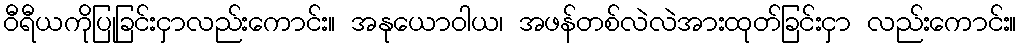
ဝီရီယကိုပြုခြင်းငှာလည်းကောင်း။ အနုယောဝါယ၊ အဖန်တစ်လဲလဲအားထုတ်ခြင်းငှာ လည်းကောင်း။